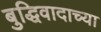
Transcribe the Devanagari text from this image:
बुद्धिवादाच्या